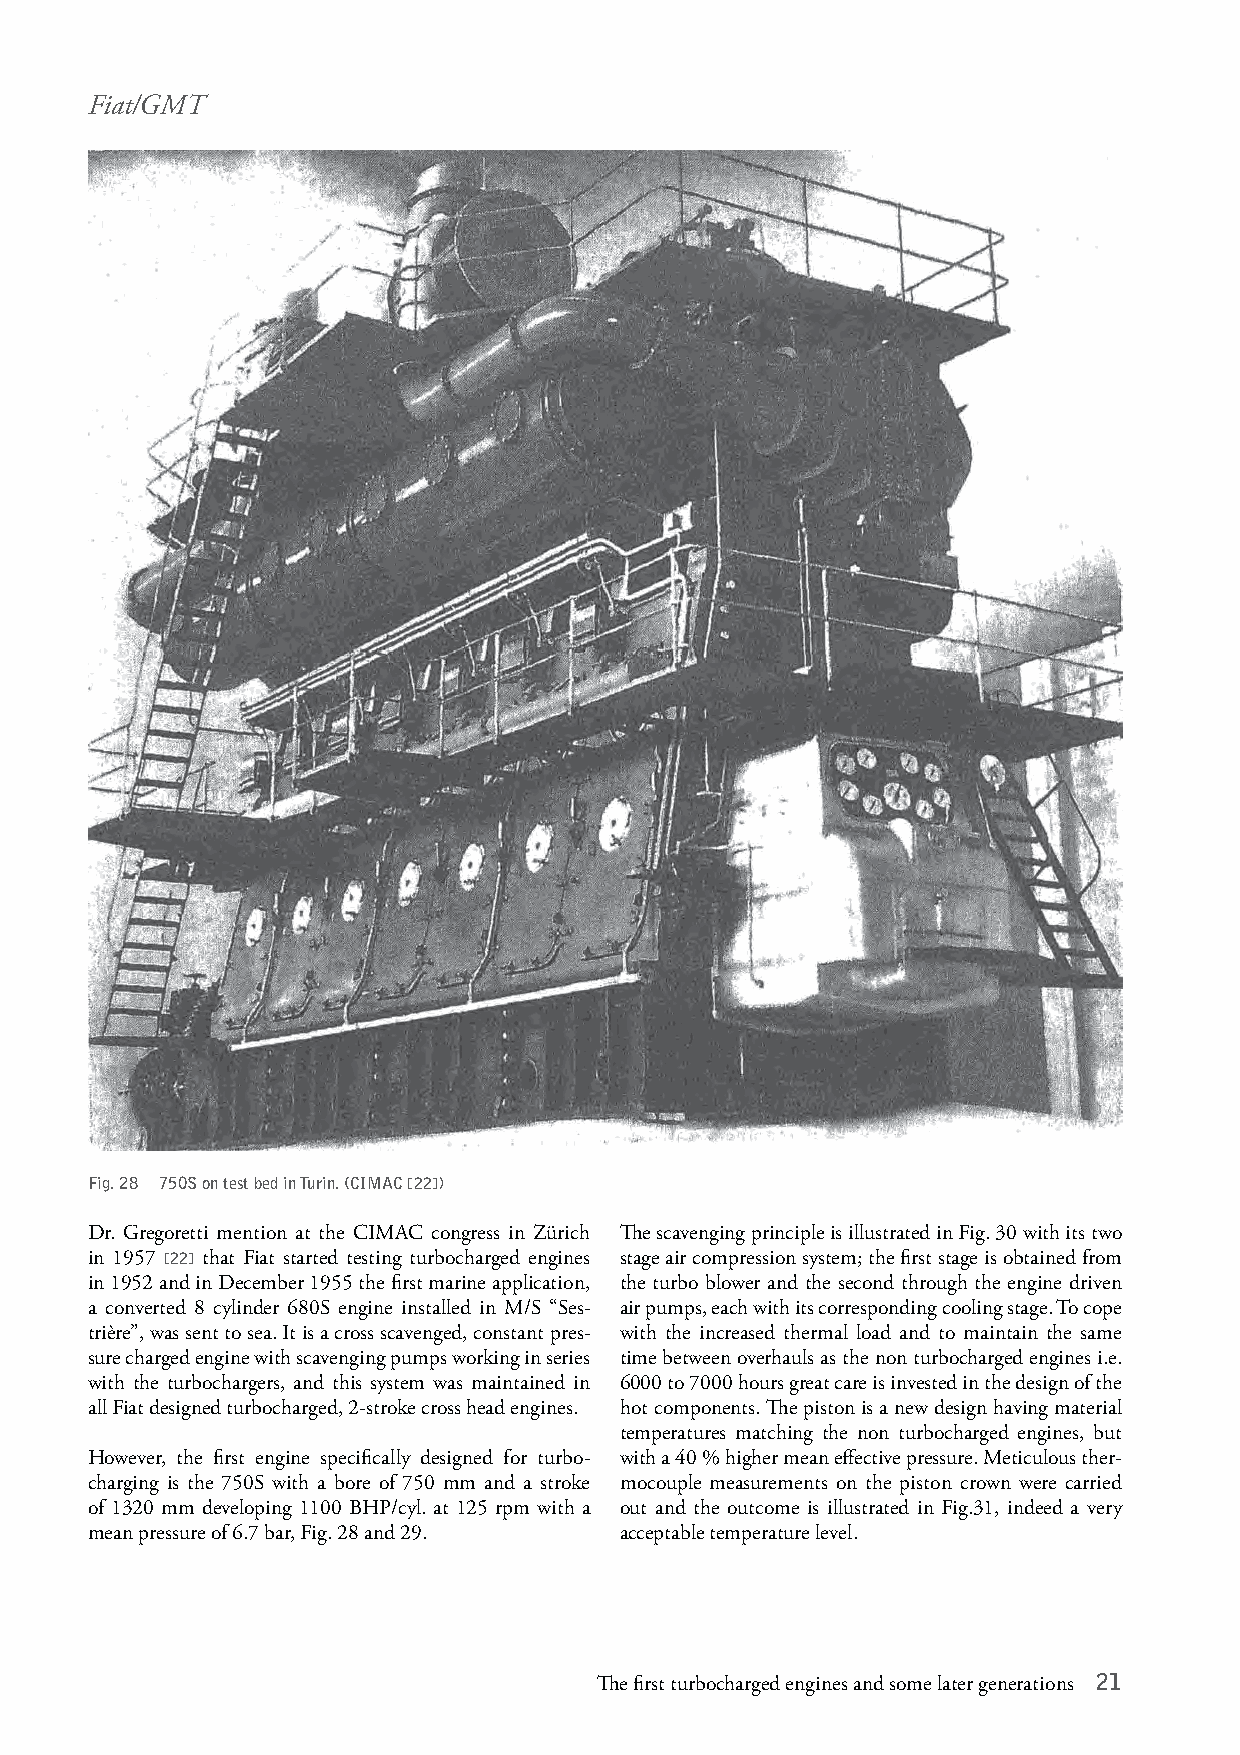
Fiat/GMT
 Fig. 28 750S on test bed in Turin. (CIMAC [22])
 Dr. Gregoretti mention at the CIMAC congress in Zürich The scavenging principle is illustrated in Fig. 30 with its two
 in 1957 [22] that Fiat started testing turbocharged engines stage air compression system; the first stage is obtained from
 in 1952 and in December 1955 the first marine application, the turbo blower and the second through the engine driven
 a converted 8 cylinder 680S engine installed in M/S “Ses- air pumps, each with its corresponding cooling stage. To cope
 trière”, was sent to sea. It is a cross scavenged, constant pres- with the increased thermal load and to maintain the same
 sure charged engine with scavenging pumps working in series time between overhauls as the non turbocharged engines i.e.
 with the turbochargers, and this system was maintained in 6000 to 7000 hours great care is invested in the design of the
 all Fiat designed turbocharged, 2-stroke cross head engines. hot components. The piston is a new design having material
 temperatures matching the non turbocharged engines, but
 However, the first engine specifically designed for turbo- with a 40 % higher mean effective pressure. Meticulous ther-
 charging is the 750S with a bore of 750 mm and a stroke mocouple measurements on the piston crown were carried
 of 1320 mm developing 1100 BHP/cyl. at 125 rpm with a out and the outcome is illustrated in Fig.31, indeed a very
 mean pressure of 6.7 bar, Fig. 28 and 29. acceptable temperature level.
 The first turbocharged engines and some later generations 21